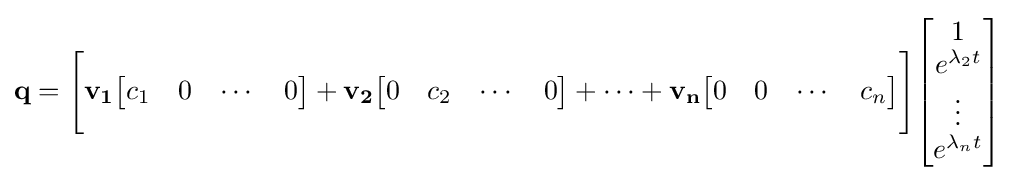
\mathbf {q} ={\Bigg [}\mathbf {v_{1}} {\begin{bmatrix}c_{1}&0&\cdots &0\\\end{bmatrix}}+\mathbf {v_{2}} {\begin{bmatrix}0&c_{2}&\cdots &0\\\end{bmatrix}}+\dots +\mathbf {v_{n}} {\begin{bmatrix}0&0&\cdots &c_{n}\\\end{bmatrix}}{\Bigg ]}{\begin{bmatrix}1\\e^{\lambda _{2}t}\\\vdots \\e^{\lambda _{n}t}\\\end{bmatrix}}